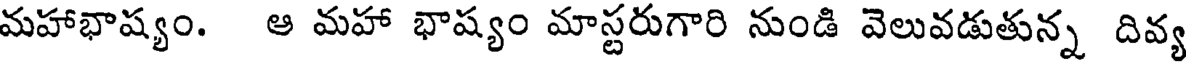
మహాభాష్యం. ఆ మహా భాష్యం మాస్టరుగారి నుండి వెలువడుతున్న దివ్య